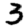
Digit: 3